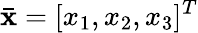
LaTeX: \bar{\mathbf{x}}=[x_{1},x_{2},x_{3}]^{T}